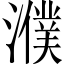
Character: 濮